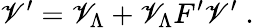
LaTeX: \mathscr{V}^{\prime}=\mathscr{V}_{\Lambda}+\mathscr{V}_{\Lambda}F^{\prime}\mathscr{V}^{\prime}\; .